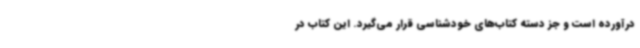
درآورده است و جز دسته کتاب‌های خودشناسی قرار می‌گیرد. این کتاب در